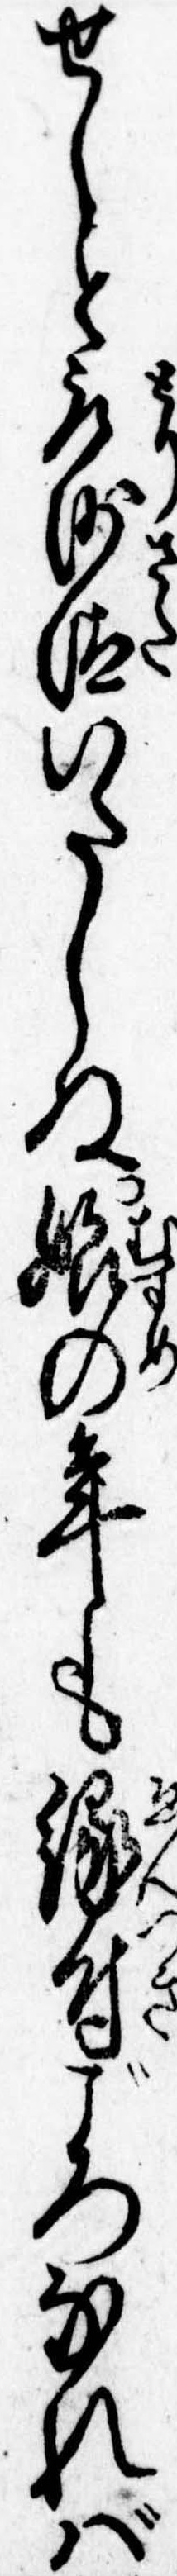
せしと取沙汰いたしぬ娘の年も縁付ごろなれば